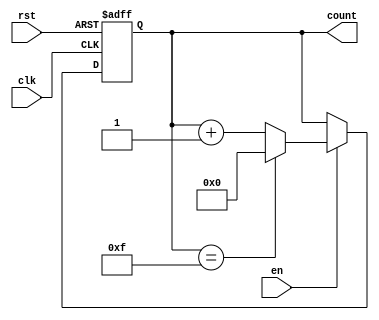
module MemoryBlocksBinaryCounter #(
    parameter WIDTH = 4,              // Bit width of the counter
    parameter MAX_COUNT = (1 << WIDTH) - 1 // Maximum count value (2^WIDTH - 1)
)(
    input wire clk,                   // Clock signal
    input wire rst,                   // Asynchronous reset signal
    input wire en,                    // Enable signal
    output reg [WIDTH-1:0] count      // Current count value
);

    // Asynchronous reset and counting logic
    always @(posedge clk or posedge rst) begin
        if (rst) begin
            count <= 0;                // Reset the counter to 0
        end else if (en) begin
            if (count == MAX_COUNT) begin
                count <= 0;            // Wrap around to 0
            end else begin
                count <= count + 1;    // Increment the counter
            end
        end
    end

endmodule